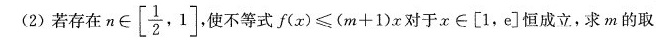
(2)若存在$$n \in \left [ \frac { 1 } { 2 } , 1 \right ]$$,使不等式$$f ( x ) ≤ ( m + 1 ) x$$对于$$x \in [ 1，e ]$$恒成立，求m的取